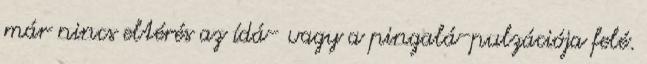
már nincs eltérés az ídá- vagy a pingalá-pulzációja felé.